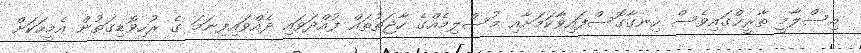
އިސްލާމީ ތާރީޚްގައިވެސް ހިނގާގޮސްފައިވާކަމަށާއި މުސްލިމެއްގެ ހާޖަތުތައް ފުއްދަވައި ދެއްވައިފިނަމަ ގެ ރުހިވޮޑިގަތުން އެމީހަކަަށް